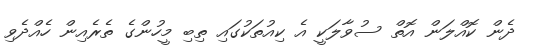
ދެން ކޮއްލަން އޮތް ސުވާލަކީ އެ ކިއުތަކުގައި ތިބި މީހުންގެ ތެރެއިން ހެއްދެވި